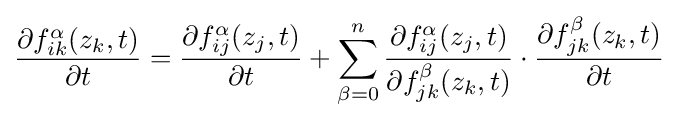
{\begin{aligned}{\frac {\partial f_{ik}^{\alpha }(z_{k},t)}{\partial t}}&={\frac {\partial f_{ij}^{\alpha }(z_{j},t)}{\partial t}}+\sum _{\beta =0}^{n}{\frac {\partial f_{ij}^{\alpha }(z_{j},t)}{\partial f_{jk}^{\beta }(z_{k},t)}}\cdot {\frac {\partial f_{jk}^{\beta }(z_{k},t)}{\partial t}}\\\end{aligned}}